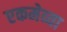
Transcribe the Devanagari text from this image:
एकमेव्या